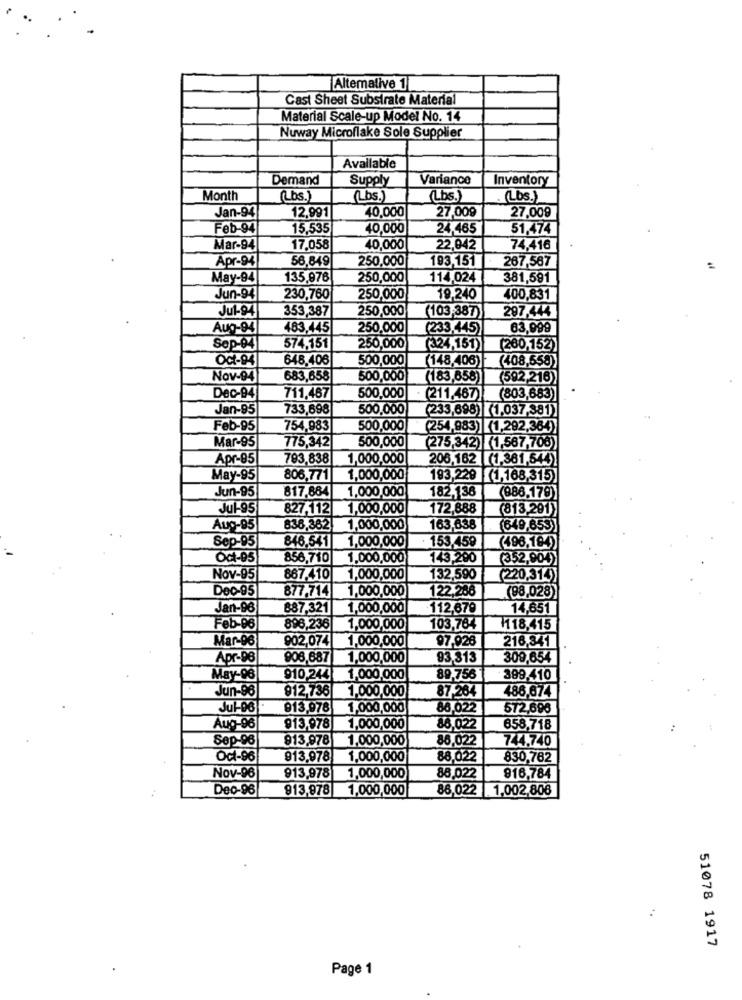
Altemative 1
Cast Sheet Substrate Material
Material Scale-up Model No. 14
Nuway Microflake Sole Supplier
Available
Demand
Supply
Variance
Inventory
Month
(Lbs.)
(Lbs.)
(Lbs.)
(Lbs.)
Jan-94
12,991
40,000
27,009
27,009
Feb-94
15,535
40,000
24,465
51,474
Mar-94
17,058
40,000
22,042
74,416
Apr-94
56,849
250,000
193,151
267,567
May-94
135,976
250,000
114,024
381,591
Jun-94
230,760
250,000
19,240
400,831
Jul-94
353,387
250,000
297,444
(103,387)
Aug-94
483,445
250,000
(233,445)
63,999
Sop-04
574,151
250,000
(324,161)
(260,152)
Oct-94
648,406
500,000
(408,558)
(148,406)
Nov-04
683,658
500,000
(183,658)
(592,216)
Dec-94
711,467
500,000
(211,467)
(803,683)
Jan-95
733,698
500,000
(233,698) (1,037,381)
Feb-95
754,983
500,000
(254,983) (1,292,364)
500,000
Mar-95
775,342
(275,342) (1,567,706)
Apr-05
793,838
1,000,000
206,162 (1,361,544)
May-95
806,771
1,000,000
193,229 1,168,315)
Jun-95
817,884
1,000,000
182,136
(986.179)
Jul-95
827,112|
1,000,000
172,888
(813,291)
Aug-95
838,362
1,000,000
163,638
(649,653)
Sep-95
. 153,459
846,543]
1,000,000
(496,194)
Oct-05
856,710
1,000,000
143,200
(352,904)
Nov-95
867,410
1,000,000
132,590
(220,314)
Dec-95
877,714
1,000,000
122,286
(98,028)
Jan-96
887,321
1,000,000
112,670
14,651
Feb-06
898,236
1,000,000
103,764
1118,415
Mar-96
902,074
1,000,000
97.926
216,341
Apr-96
906,687
1,000,000
93,313
309,654
May-06
910,244
1,000,000
89,756
399.410
Jun-96
912,736 1,000,000
87.264
488,674
Jul-06.
913,978
1,000,000
86,022
572,696
Aug-96
913,978
1,000,000
86,022
658,718
Sep-96
913.978
1,000,000
86,022
744,740
Oct-96
913.978
1,000,000
88.022
830,782
Nov-96
913,978
1,000,000
88.022
916,784
Dec-96
913,978
1,000,000
86,022
1,002,806
51078 1917
Page 1